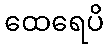
ထေရေပိ